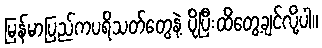
မြန်မာပြည်ကပရိသတ်တွေနဲ့ ပိုပြီးထိတွေ့ချင်လို့ပါ။